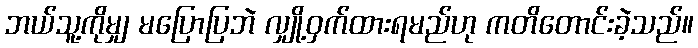
ဘယ်သူ့ကိုမျှ မပြောပြဘဲ လျှို့ဝှက်ထားရမည်ဟု ကတိတောင်းခဲ့သည်။